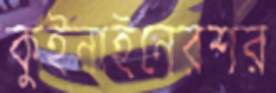
কুইনাইনেরশর